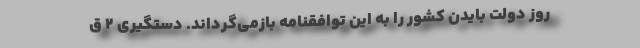
روز دولت بایدن کشور را به این توافقنامه بازمی‌گرداند. دستگیری ۲ ق